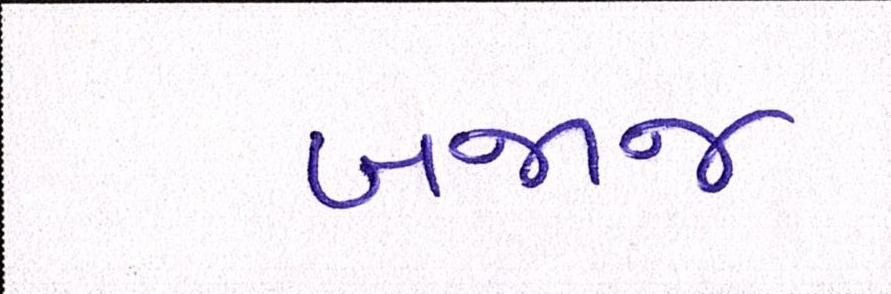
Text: બજાજ